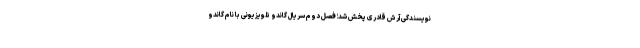
نویسندگی آرش قادری پخش شد؛ فصل دوم سریال گاندو تلویزیونی با نام گاندو